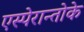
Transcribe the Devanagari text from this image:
एस्पेरान्तोके